Civil Veterinary Department. Central Provinces & Berar 1925-31 - 1925-1931
Year: 1925
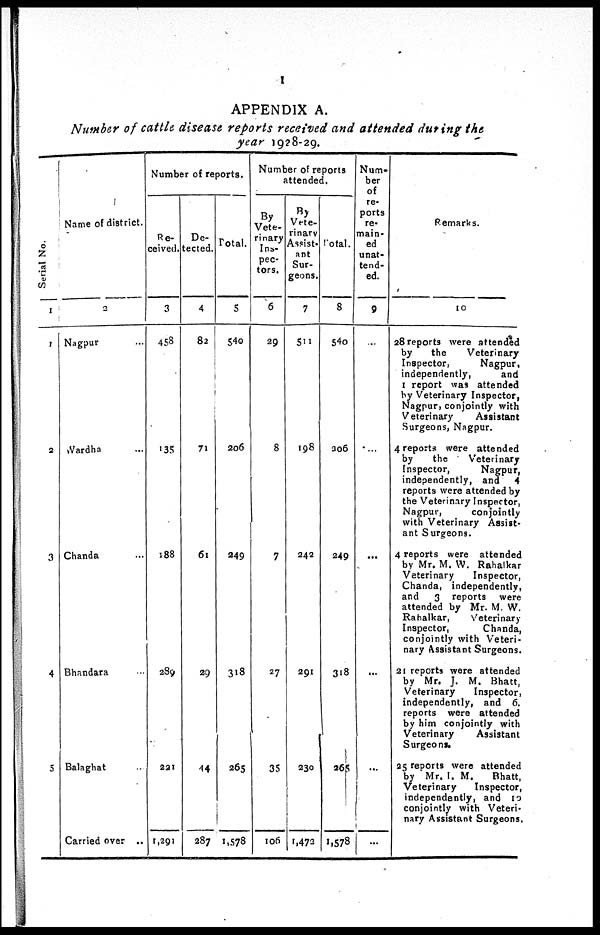
I
APPENDIX A.
Number of cattle disease reports received and attended during the
year 1928-29.
Ser i al No.
1
1
2
3
4
5
Name of district.
2
Nagpur ...
Wardha ...
Chanda ...
Bhandara ...
Balaghat ...
Carried over ..
Number of reports.
Re-
ceived.
3
458
135
188
289
221
1,291
De-
tected.
4
82
71
61
29
44
287
Total.
5
540
206
249
318
265
1,578
Number of reports
attended.
By
Vete-
rinary
Ins-
pec-
tors.
6
29
8
7
27
35
106
Vete-
rinary
Assist-
ant
Sur-
geons.
7
511
198
242
291
230
1,472
Total.
8
540
306
249
318
265
1,578
Num-
ber
of
re-
ports
re-
main-
ed
unat-
tend-
ed.
9
...
...
...
...
...
...
Remarks.
10
28 reports were attended
by
the
Veterinary
Inspector,
Nagpur,
independently,
and
1 report was attended
by Veterinary Inspector,
Nagpur, conjointly with
Veterinary
Assistant
Surgeons, Nagpur.
4 reports were attended
by
the
Veterinary
Inspector,
Nagpur,
independently, and 4
reports were attended by
the Veterinary Inspector,
Nagpur,
conjointly
with Veterinary Assist-
ant Surgeons.
4 reports were attended
by Mr. M. W. Rahalkar
Veterinary
Inspector,
Chanda, independently,
and
3 reports were
attended by Mr. M. W.
Rahalkar,
Veterinary
Inspector,
Chanda,
conjointly with Veteri-
nary Assistant Surgeons.
21 reports were attended
by Mr. J. M. Bhatt,
Veterinary
Inspector,
independently, and 6.
reports were attended
by him conjointly with
Veterinary
Assistant
Surgeons.
25 reports were attended
by Mr. I. M.
Bhatt,
Veterinary
Inspector,
independently, and 10
conjointly with Veteri-
nary Assistant Surgeons.